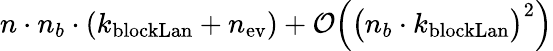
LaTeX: n\cdot n_{b}\cdot(k_{\mathrm{blockLan}}+n_{\mathrm{ev}})+\mathcal{O}\Big(\big(n_{b}\cdot k_{\mathrm{blockLan}}\big)^{2}\Big)